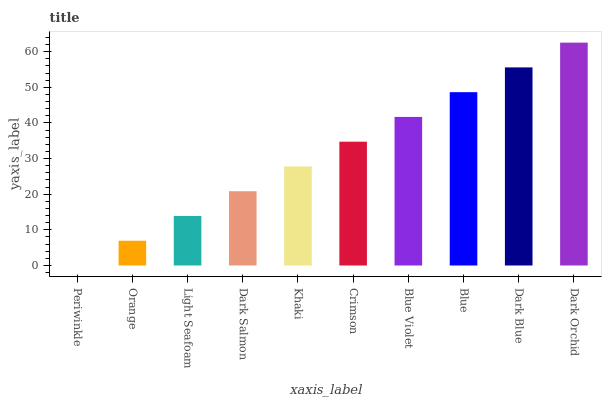
| xaxis_label | bars |
 | --- | --- |
 | Periwinkle | 0 |
 | Orange | 6.95 |
 | Light Seafoam | 13.9 |
 | Dark Salmon | 20.8 |
 | Khaki | 27.8 |
 | Crimson | 34.7 |
 | Blue Violet | 41.7 |
 | Blue | 48.6 |
 | Dark Blue | 55.6 |
 | Dark Orchid | 62.5 |